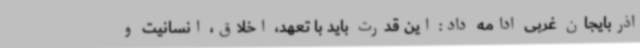
اذربایجان غربی ادامه داد: این قدرت باید با تعهد، اخلاق، انسانیت و